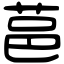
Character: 䓃